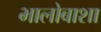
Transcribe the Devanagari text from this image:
भालोबाशा